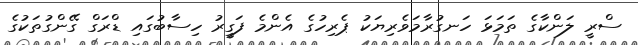
ސްރީ ލަންކާގެ ތަމަޅަ ހަނގުރާމަވެރިޔަކު ޕެރިހުގެ އެންމެ ފަގީރު ހިސާބުގައި ޑްރަގް ގޭންގުތަކުގެ